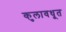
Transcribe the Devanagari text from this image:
कुलावधूत